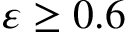
\varepsilon \geq 0 . 6